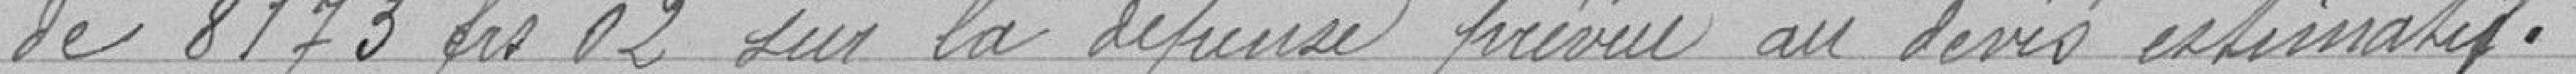
de 8173 francs 02 sur la dépense prévue au devis estimatif.